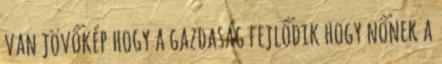
van jövőkép hogy a gazdaság fejlődik hogy nőnek a